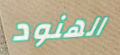
الهنود